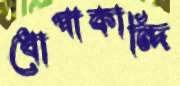
ধোপাকান্দি